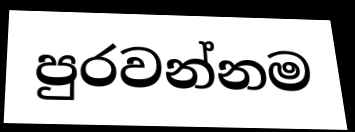
පුරවන්නම